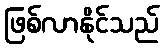
ဖြစ်လာနိုင်သည်